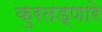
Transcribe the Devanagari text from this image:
कुरतड्णारे